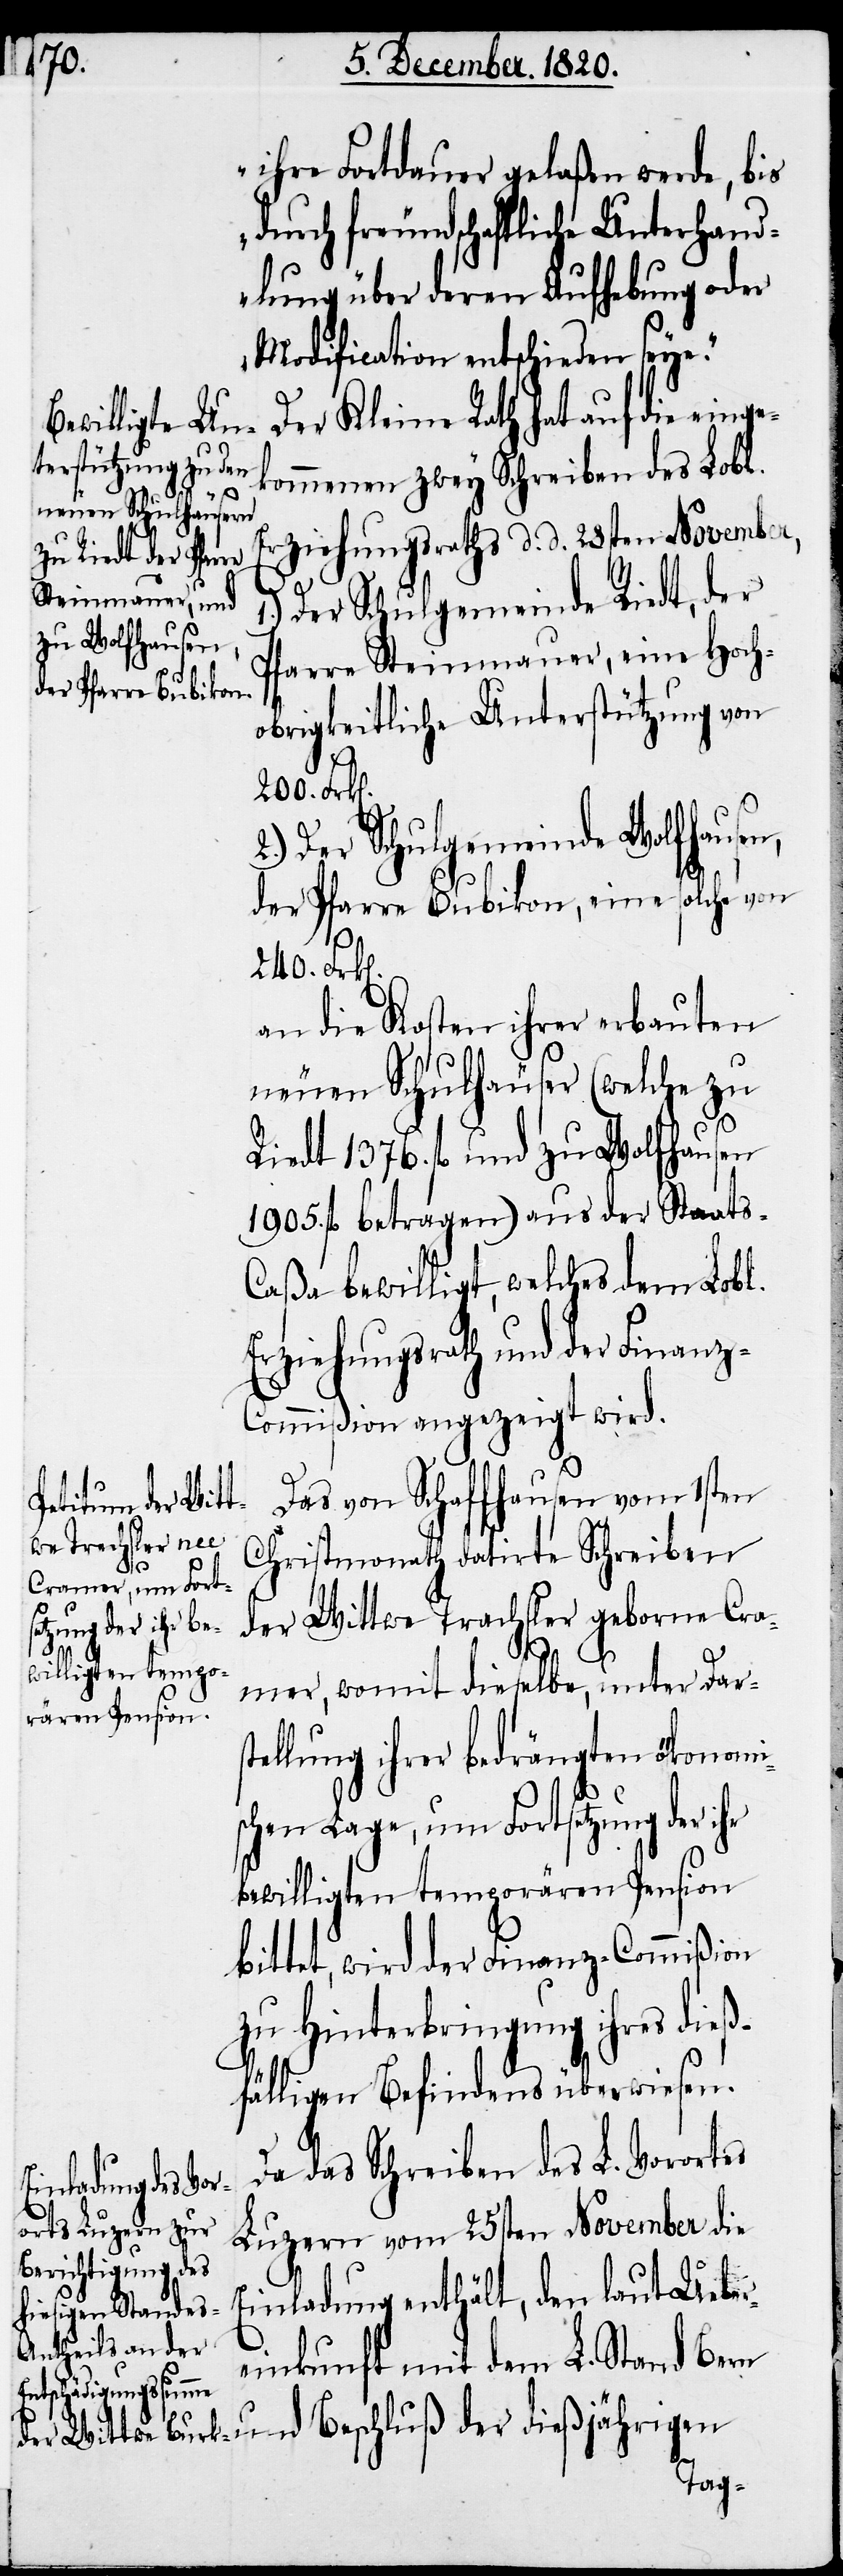
Der Kleine Rath hat auf die einge¬
kommenen zwey Schreiben des Lobl.
Erziehungsrathes d. d. 28sten November,
Der Schulgemeinde Riedt, der
Pfarre Steinmauer, eine Hoch¬
obrigkeitliche Unterstützung von
2.) Der Schulgemeinde Wolfhausen,
der Pfarre Bubikon, eine solche von
an die Kosten ihrer erbauten
neuen Schulhäuser (welche zu
Riedt 1376. fl. und zu Wolfhausen
1905. fl. betragen) aus der Staats-C¬
aßa bewilligt, welches dem Lobl.
Erziehungsrath und der Finanz-C¬
ommißion angezeigt wird.
Das von Schaffhausen vom 1sten
Christmonath datirte Schreiben
der Wittwe Trachsler geborne Cra¬
240.
mer, womit dieselbe, unter Dars¬
tellung ihrer bedrängten ökonomi¬
schen Lage, um Fortsetzung der ihr
bewilligten temporären Pension
bittet, wird der Finanz-Commißion
zu Hinterbringung ihres dieß¬
fälligen Befindens überwiesen.
Da das Schreiben des L. Vorortes
Luzern vom 25sten November die
Einladung enthält, den laut Ueber¬
einkunft mit dem L. Stand Bern